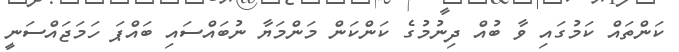
ކަންތައް ކަމުގައި ވާ ބުއް ދިނުމުގެ ކަންކަން މަންމަޔާ ނުބައްސައި ބައްޕަ ހަމަޖައްސަނީ